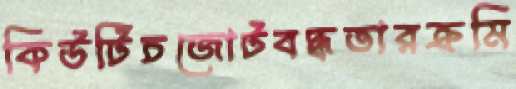
কিউটিচজোটবদ্ধতারক্রমি